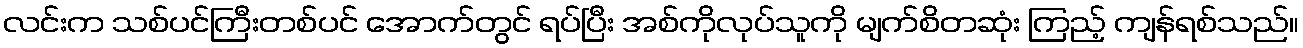
လင်းက သစ်ပင်ကြီးတစ်ပင် အောက်တွင် ရပ်ပြီး အစ်ကိုလုပ်သူကို မျက်စိတဆုံး ကြည့် ကျန်ရစ်သည်။